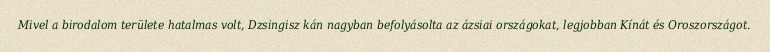
Mivel a birodalom területe hatalmas volt, Dzsingisz kán nagyban befolyásolta az ázsiai országokat, legjobban Kínát és Oroszországot.